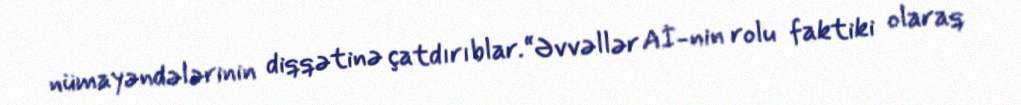
nümayəndələrinin diqqətinə çatdırıblar.“Əvvəllər Aİ-nin rolu faktiki olaraq